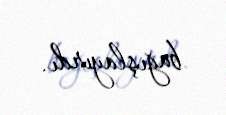
bağışlayırdı.